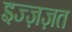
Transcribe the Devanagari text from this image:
इज्ज़ज़त